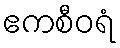
ဧကစီဝရံ